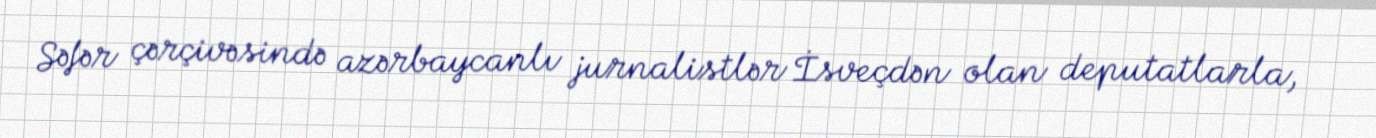
Səfər çərçivəsində azərbaycanlı jurnalistlər İsveçdən olan deputatlarla,